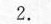
2.$$